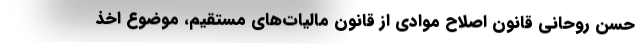
حسن روحانی قانون اصلاح موادی از قانون مالیات‌های مستقیم، موضوع اخذ